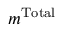
m ^ { \mathrm { T o t a l } }